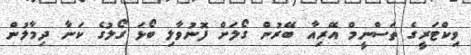
ވިކްޓަރީގެ ތަސްނީމް އޭރިއާ ބޭރުން ގޯލަށް ފޮނުވާލި ބޯޅަ ގޯލުގެ ކަނާ ދިމާލުން